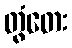
တွံတေး